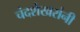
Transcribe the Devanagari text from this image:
चंदशेखरांनी